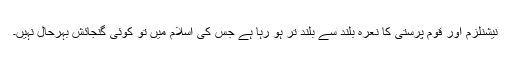
نیشنلزم اور قوم پرستی کا نعرہ بلند سے بلند تر ہو رہا ہے جس کی اسلام میں تو کوئی گنجائش بہرحال نہیں۔